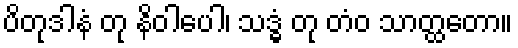
ပိတုဒါနံ တု နိဝါပေါ၊ သဒ္ဓံ တု တံဝ သာတ္ထတော။